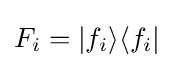
F_{i}=|f_{i}\rangle \langle f_{i}|